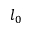
l _ { 0 }